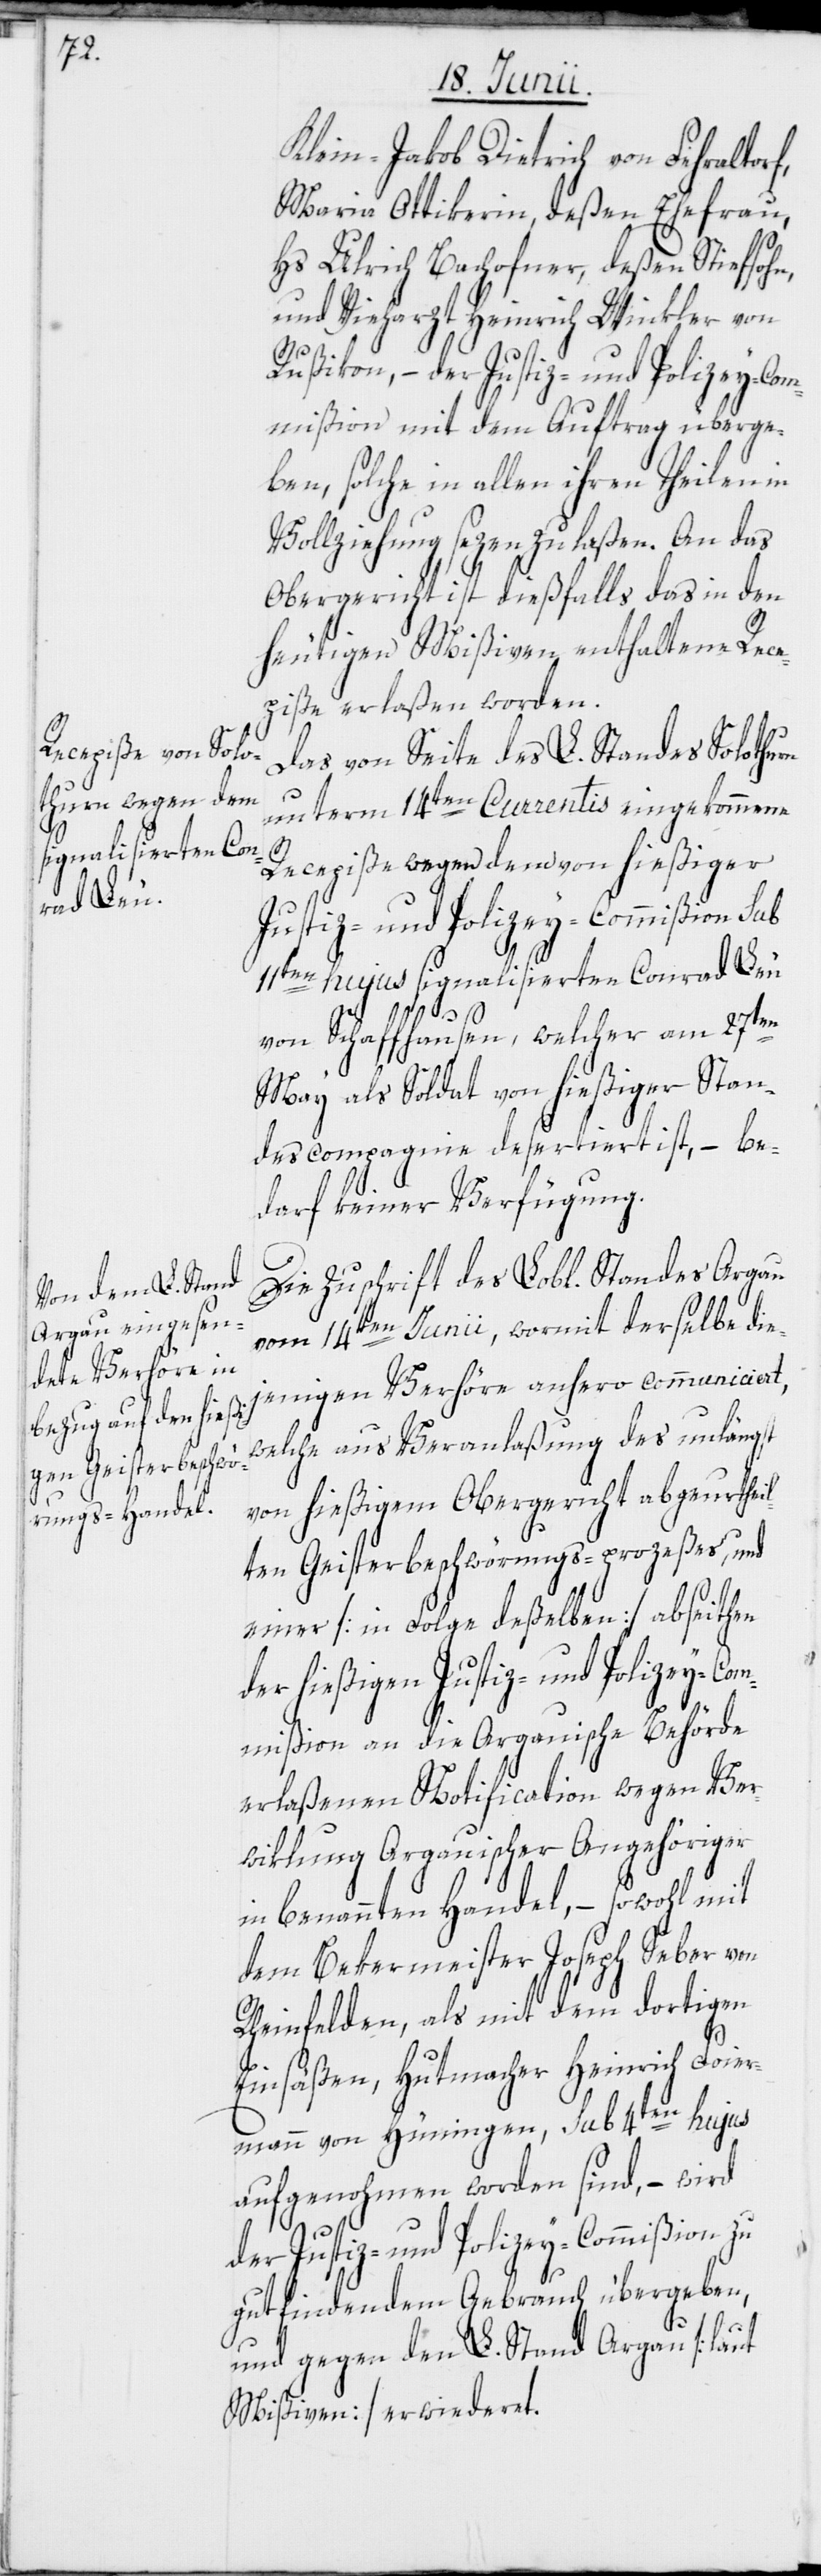
Klein-Jakob Dietrich von Fehraltorf,
Maria Ottikerin, deßen Ehefrau,
Hs. Ulrich Bachofner, deßen Stiefsohn,
und Vieharzt Heinrich Winkler von
Rußikon, – der Justiz- und Polizey-Com¬
mißion mit dem Auftrag überge¬
ben, solche in allen ihren Theilen in
Vollziehung sezen zu laßen. An das
Obergericht ist dießfalls das in den
heutigen Mißiven enthaltene Rece¬
piße erlaßen worden.
Das von Seite des L. Standes Solothurn
unterm 14ten Currentis eingekommene
Recepiße wegen den von hießiger
Justiz- und Polizey-Commißion sub
11ten hujus signalisierten Conrad Leu
von Schaffhausen, welcher am 27ten
May als Soldat von hießiger Stan¬
descompagnie desertiert ist, – be¬
darf keiner Verfügung.
Die Zuschrift des Lobl. Standes Argau
vom 14ten Junii, wormit derselbe die¬
jenigen Verhöre anhero communiciert,
welche aus Veranlaßung des unlängst
von hießigem Obergericht abgeurthei¬
lten Geisterbeschwörungs-prozeßes, und
einer [in Folge deßelben] abseithen
der hießigen Justiz- und Polizey-Com¬
mißion an die Argauische Behörde
erlaßenen Notification wegen Ver¬
wiklung Argauischer Angehöriger
in benannten Handel, – sowohl mit
dem Bekermeister Joseph Seber von
Rheinfelden, als mit dem dortigen
Einsäßen, Hutmacher Heinrich Foier¬
mann von Hüningen, sub 4ten hujus
aufgenohmen worden sind, – wird
der Justiz- und Polizey-Commißion zu
gutfindendem Gebrauch übergeben,
und gegen den L. Stand Argau [laut
Mißiven] erwiederet.